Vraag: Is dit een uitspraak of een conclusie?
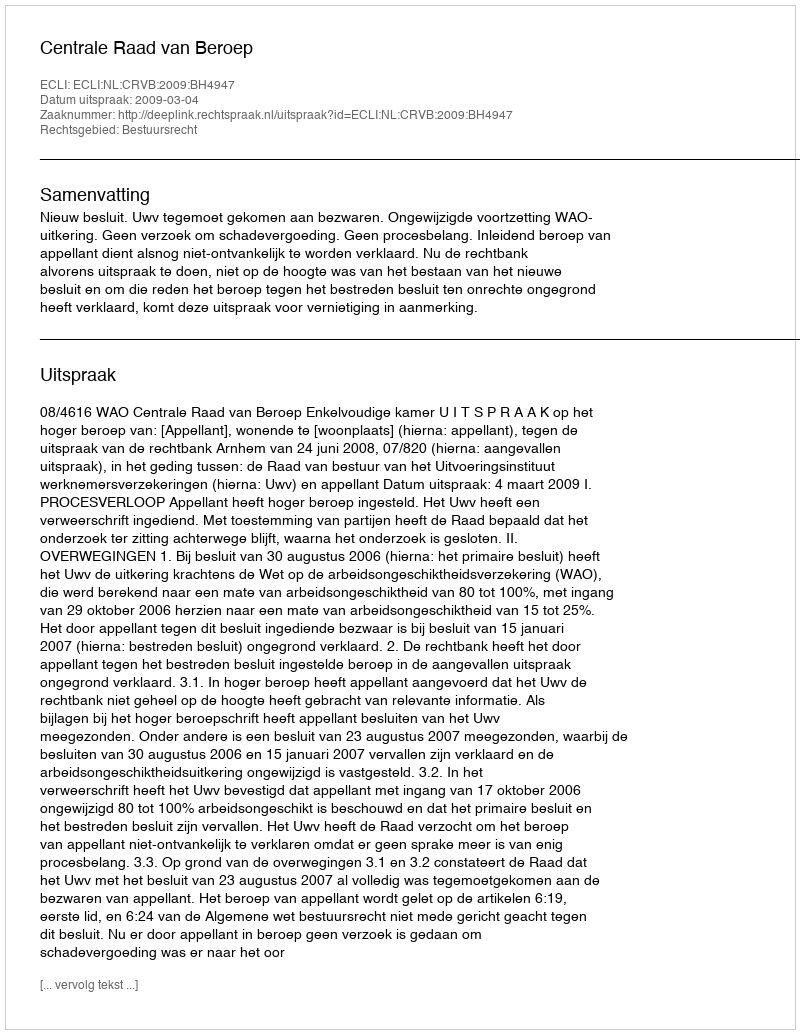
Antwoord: Uitspraak